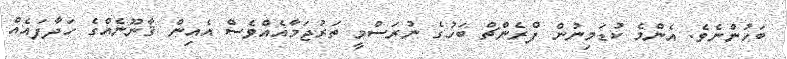
ބަހުންނެވެ. އެންމެ ކުޑަމިނުން ފްރެންޗް ބަހުގެ ނުރަސްމީ ތަރުޖަމާއެއްވެސް އެއިން ޤާނޫނެއްގެ ހަދާފައެއް